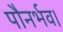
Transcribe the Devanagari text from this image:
पौनर्भव।